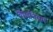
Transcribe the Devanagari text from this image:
बालनियम